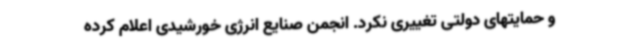
و حمایتهای دولتی تغییری نکرد. انجمن صنایع انرژی خورشیدی اعلام کرده